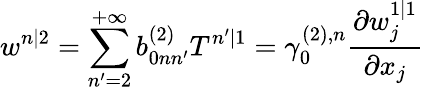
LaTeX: w^{n|2}=\sum_{n^{\prime}=2}^{+\infty}b_{0nn^{\prime}}^{(2)}T^{n^{\prime}|1}=\gamma_{0}^{(2),n}\frac{\partial w_{j}^{1|1}}{\partial x_{j}}